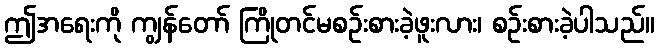
ဤအရေးကို ကျွန်တော် ကြိုတင်မစဉ်းစားခဲ့ဖူးလား၊ စဉ်းစားခဲ့ပါသည်။